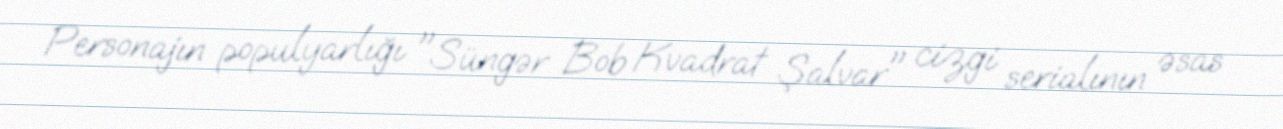
Personajın populyarlığı "Süngər Bob Kvadrat Şalvar" cizgi serialının əsas